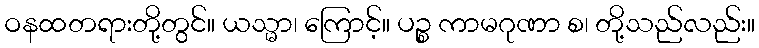
ဝနထတရားတို့တွင်။ ယသ္မာ၊ ကြောင့်။ ပဉ္စ ကာမဂုဏာ စ၊ တို့သည်လည်း။